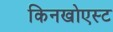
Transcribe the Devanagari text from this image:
किनखोएस्ट